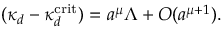
( \kappa _ { d } - \kappa _ { d } ^ { \mathrm { c r i t } } ) = a ^ { \mu } \Lambda + O ( a ^ { \mu + 1 } ) .